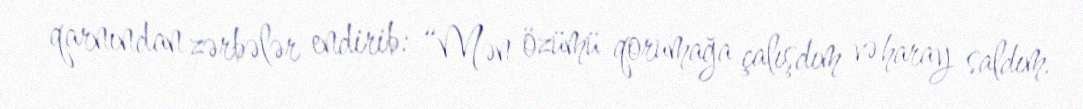
qarnından zərbələr endirib: “Mən özümü qorumağa çalışdım və haray saldım.